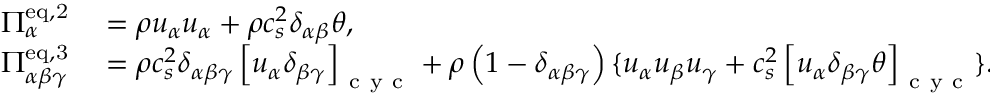
\begin{array} { r l } { \Pi _ { \alpha } ^ { \mathrm { e q , 2 } } } & { { } = \rho u _ { \alpha } u _ { \alpha } + \rho c _ { s } ^ { 2 } \delta _ { \alpha \beta } \theta , } \\ { \Pi _ { \alpha \beta \gamma } ^ { \mathrm { e q , 3 } } } & { { } = \rho c _ { s } ^ { 2 } \delta _ { \alpha \beta \gamma } \left[ u _ { \alpha } \delta _ { \beta \gamma } \right] _ { \mathrm { ~ c ~ y ~ c ~ } } + \rho \left( 1 - \delta _ { \alpha \beta \gamma } \right) \{ u _ { \alpha } u _ { \beta } u _ { \gamma } + c _ { s } ^ { 2 } \left[ u _ { \alpha } \delta _ { \beta \gamma } \theta \right] _ { \mathrm { ~ c ~ y ~ c ~ } } \} . } \end{array}